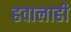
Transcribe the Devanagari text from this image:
हवालाही